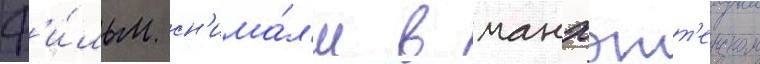
Ф'и́льм сн'има́л'и в манхэтт'енском